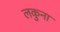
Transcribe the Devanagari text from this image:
लकुना